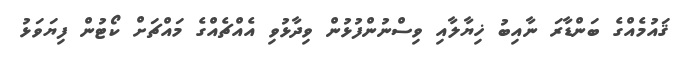
ޤައުމެއްގެ ބަންޑާރަ ނާއިބު ޚިޔާލާއި ވިސްނުންފުޅުން ވިދާޅުވި އެއްޗެއްގެ މައްޗަށް ކޯޓުން ފިޔަވަޅު